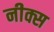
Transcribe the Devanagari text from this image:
नीक्स